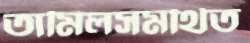
তামিলসমর্থিত